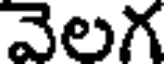
వెలగ